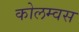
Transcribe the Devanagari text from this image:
कोलम्वस